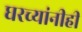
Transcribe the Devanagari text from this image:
घरच्यांनीही